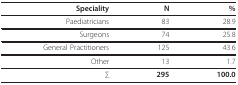
| Speciality | N | % |
 | --- | --- | --- |
 | Paediatricians | 83 | 28.9 |
 | Surgeons | 74 | 25.8 |
 | General Practitioners | 125 | 43.6 |
 | Other | 13 | 1.7 |
 | ∑ | 295 | 100.0 |